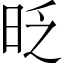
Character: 𣆅